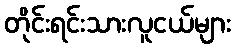
တိုင်းရင်းသားလူငယ်များ